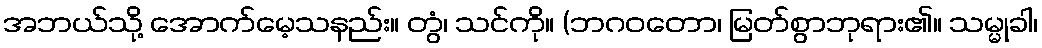
အဘယ်သို့ အောက်မေ့သနည်း။ တွံ၊ သင်ကို။ (ဘဂဝတော၊ မြတ်စွာဘုရား၏။ သမ္မုခါ၊